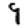
Digit: 9